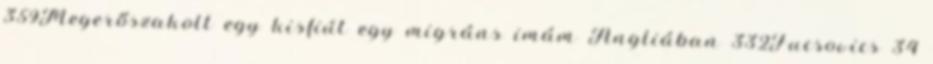
359Megerőszakolt egy kisfiút egy migráns imám Angliában 332Fucsovics 34